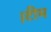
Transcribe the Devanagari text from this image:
।टीम